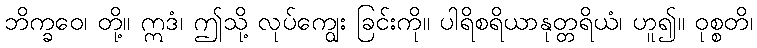
ဘိက္ခဝေ၊ တို့။ ဣဒံ၊ ဤသို့ လုပ်ကျွေး ခြင်းကို။ ပါရိစရိယာနုတ္တရိယံ၊ ဟူ၍။ ဝုစ္စတိ၊